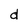
Character: d